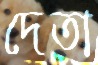
দেতা